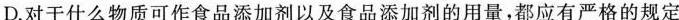
D.对于什么物质可作食品添加剂以及食品添加剂的用量，都应有严格的规定